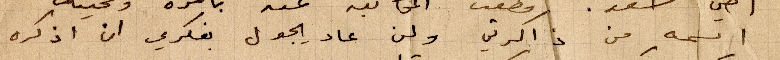
اسمه من ذاكرتي ولن عاد يجول بفكري ان اذكره